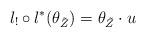
LaTeX: \begin{align*}l_!\circ l^\ast (\theta_{\tilde Z}) =\theta_{\tilde Z}\cdot u\end{align*}